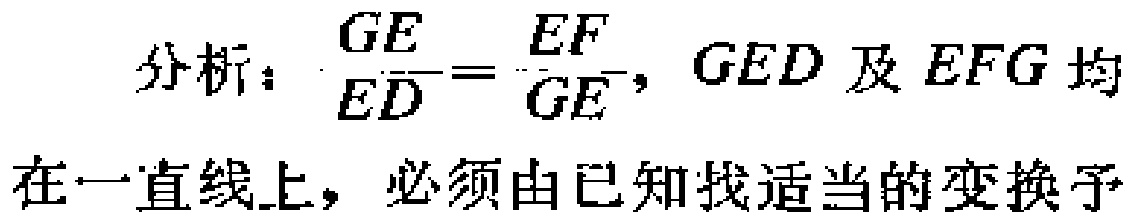
分析：$\frac{GE}{ED}=\frac{EF}{GE}$，$GED$及$EFG$均在一直线上，必须由已知找适当的变换予